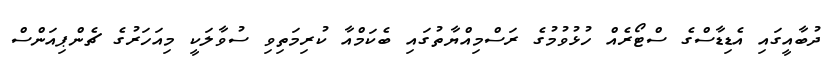
ދުބާއީގައި އެޑިޑާސްގެ ސްޓޯރެއް ހުޅުވުމުގެ ރަސްމިއްޔާތުގައި ބެކަމްއާ ކުރިމަތިވި ސުވާލަކީ މިއަހަރުގެ ޗެންޕިއަންސް